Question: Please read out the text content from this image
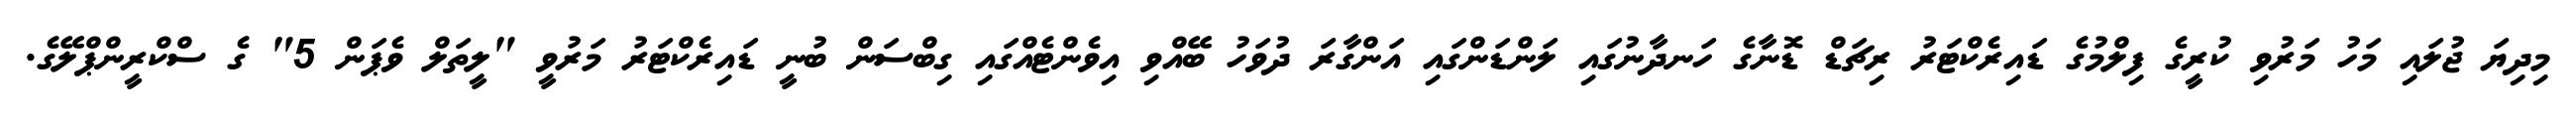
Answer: މިދިޔަ ޖުލައި މަހު މަރުވި ކުރީގެ ފިލްމުގެ ޑައިރެކްޓަރު ރިޗަޑް ޑޮނާގެ ހަނދާނުގައި ލަންޑަންގައި އަންގާރަ ދުވަހު ބޭއްވި އިވެންޓެއްގައި ގިބްސަން ބުނީ ޑައިރެކްޓަރު މަރުވީ "ލީތަލް ވެޕަން 5" ގެ ސްކްރީންޕްލޭގެ.